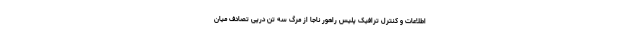
اطلاعات و کنترل ترافیک پلیس راهور ناجا از مرگ سه تن درپی تصادف میان